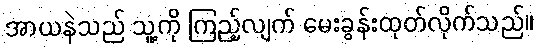
အာယနဲသည် သူ့ကို ကြည့်လျက် မေးခွန်းထုတ်လိုက်သည်။